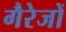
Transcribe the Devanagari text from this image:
गैरेजों